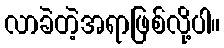
လာခဲတဲ့အရာဖြစ်လို့ပါ။